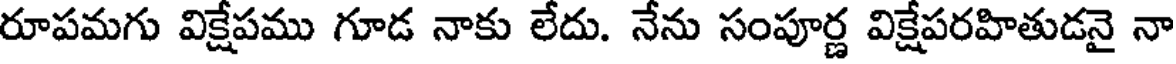
రూపమగు విక్షేపము గూడ నాకు లేదు. నేను సంపూర్ణ విక్షేపరహితుడనై నా